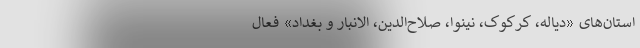
استان‌های «دیاله، کرکوک، نینوا، صلاح‌الدین، الانبار و بغداد» فعال